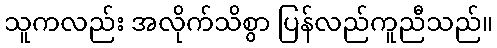
သူကလည်း အလိုက်သိစွာ ပြန်လည်ကူညီသည်။